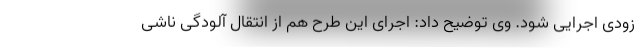
زودی اجرایی شود. وی توضیح داد: اجرای این طرح هم از انتقال آلودگی ناشی